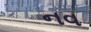
નવ